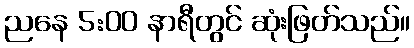
ညနေ 5:00 နာရီတွင် ဆုံးဖြတ်သည်။